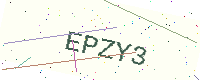
Text: EPZY3